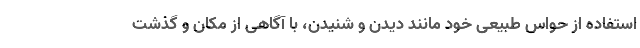
استفاده از حواس طبیعی خود مانند دیدن و شنیدن، با آگاهی از مکان و گذشت